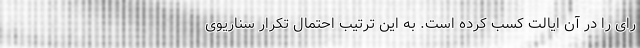
رای را در آن ایالت کسب کرده است. به این ترتیب احتمال تکرار سناریوی